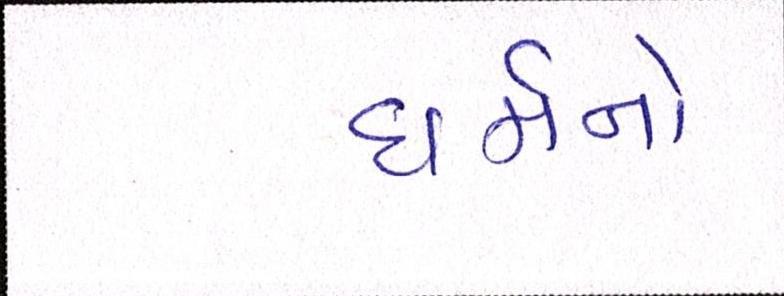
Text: ધર્મનો